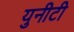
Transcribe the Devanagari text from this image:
युनीटी